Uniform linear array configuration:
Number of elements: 48
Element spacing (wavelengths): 0.75
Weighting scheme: blackman
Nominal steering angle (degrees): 45
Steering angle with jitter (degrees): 44.418
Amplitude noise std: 0.05
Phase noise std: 0.05

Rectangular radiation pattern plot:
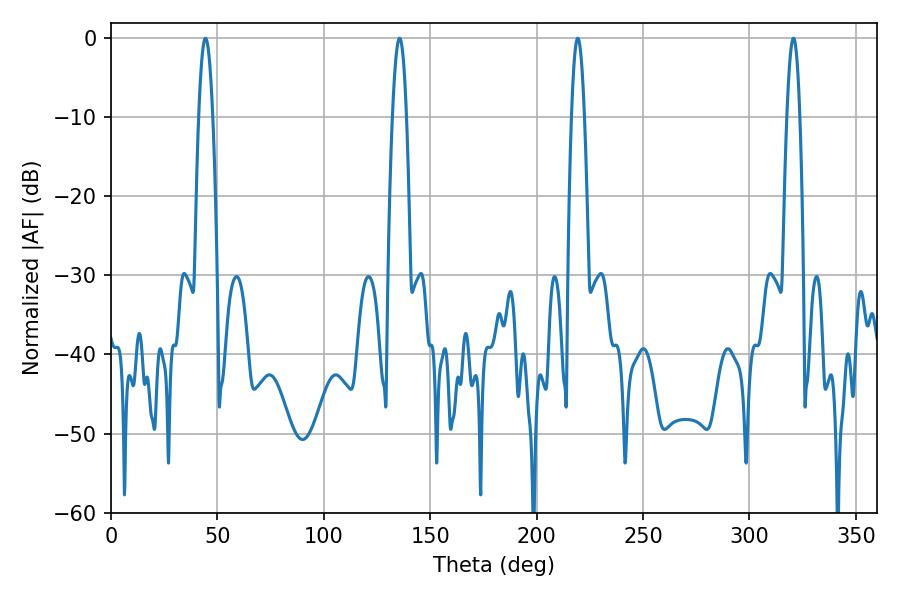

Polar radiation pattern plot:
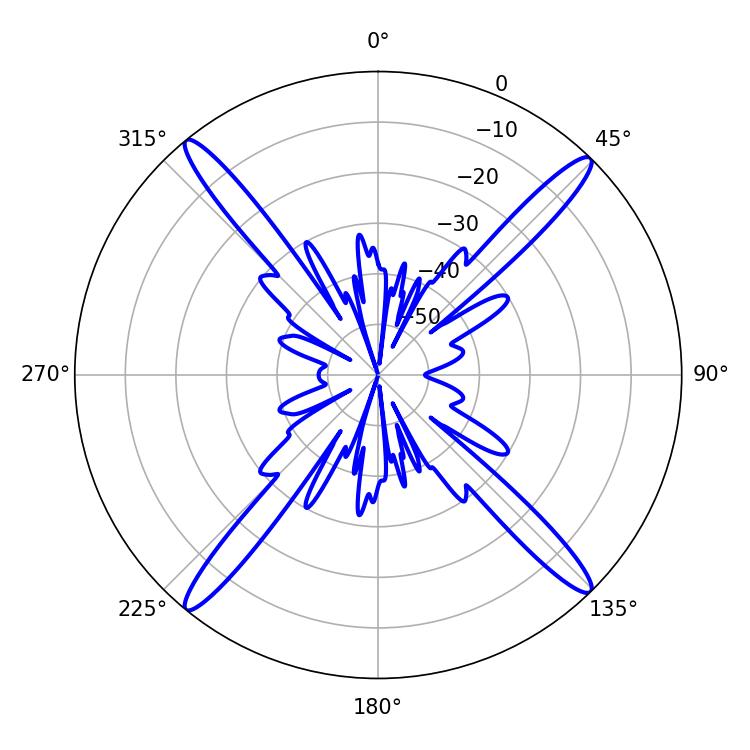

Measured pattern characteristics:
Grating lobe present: TRUE
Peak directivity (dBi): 21.026
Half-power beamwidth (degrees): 3.6
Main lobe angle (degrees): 44.46